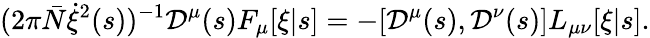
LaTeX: (2\pi{\bar{N}}\dot{\xi}^{2}(s))^{-1}{\cal D}^{\mu}(s)F_{\mu}[\xi|s]=-[{\cal D}^{\mu}(s),{\cal D}^{\nu}(s)]L_{\mu\nu}[\xi|s].